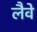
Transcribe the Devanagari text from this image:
लैवे